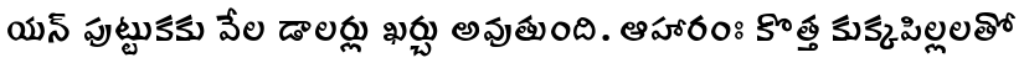
యన్ పుట్టుకకు వేల డాలర్లు ఖర్చు అవుతుంది. ఆహారంః కొత్త కుక్కపిల్లలతో